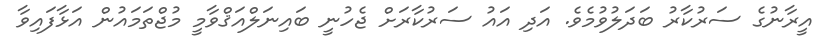
އީރާނުގެ ސަރުކާރު ބަދަލުވުމެވެ. އަދި އައު ސަރުކާރަށް ޖެހުނީ ބައިނަލްއަޤްވާމީ މުޖްތަމައުން އަޅާފައިވާ